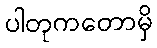
ပါတုကတောမှိ